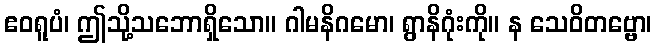
ဧဝရူပံ၊ ဤသို့သဘောရှိသော။ ဂါမနိဂမော၊ ရွာနိဂုံးကို။ န သေဝိတဗ္ဗော၊